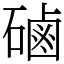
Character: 磠